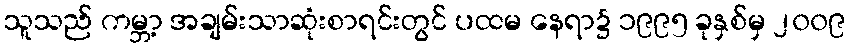
သူသည် ကမ္ဘာ့ အချမ်းသာဆုံးစာရင်းတွင် ပထမ နေရာ၌ ၁၉၉၅ ခုနှစ်မှ ၂၀၀၉